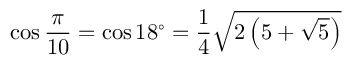
\cos { \frac { \pi } { 1 0 } } = \cos 1 8 ^ { \circ } = { \frac { 1 } { 4 } } { \sqrt { 2 \left( 5 + { \sqrt { 5 } } \right) } }